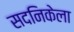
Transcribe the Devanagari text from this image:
सदनिकेला